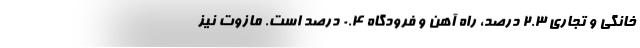
خانگی و تجاری ۲.۳ درصد، راه آهن و فرودگاه ۰.۴ درصد است. مازوت نیز